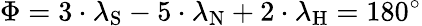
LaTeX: \Phi=3\cdot\lambda_{\mathrm{{S}}}-5\cdot\lambda_{\mathrm{{N}}}+2\cdot\lambda_{\mathrm{{H}}}=180^{\circ}